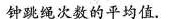
钟跳绳次数的平均值。